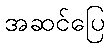
အဆင်ပြေ